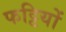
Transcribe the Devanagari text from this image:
फट्टियों